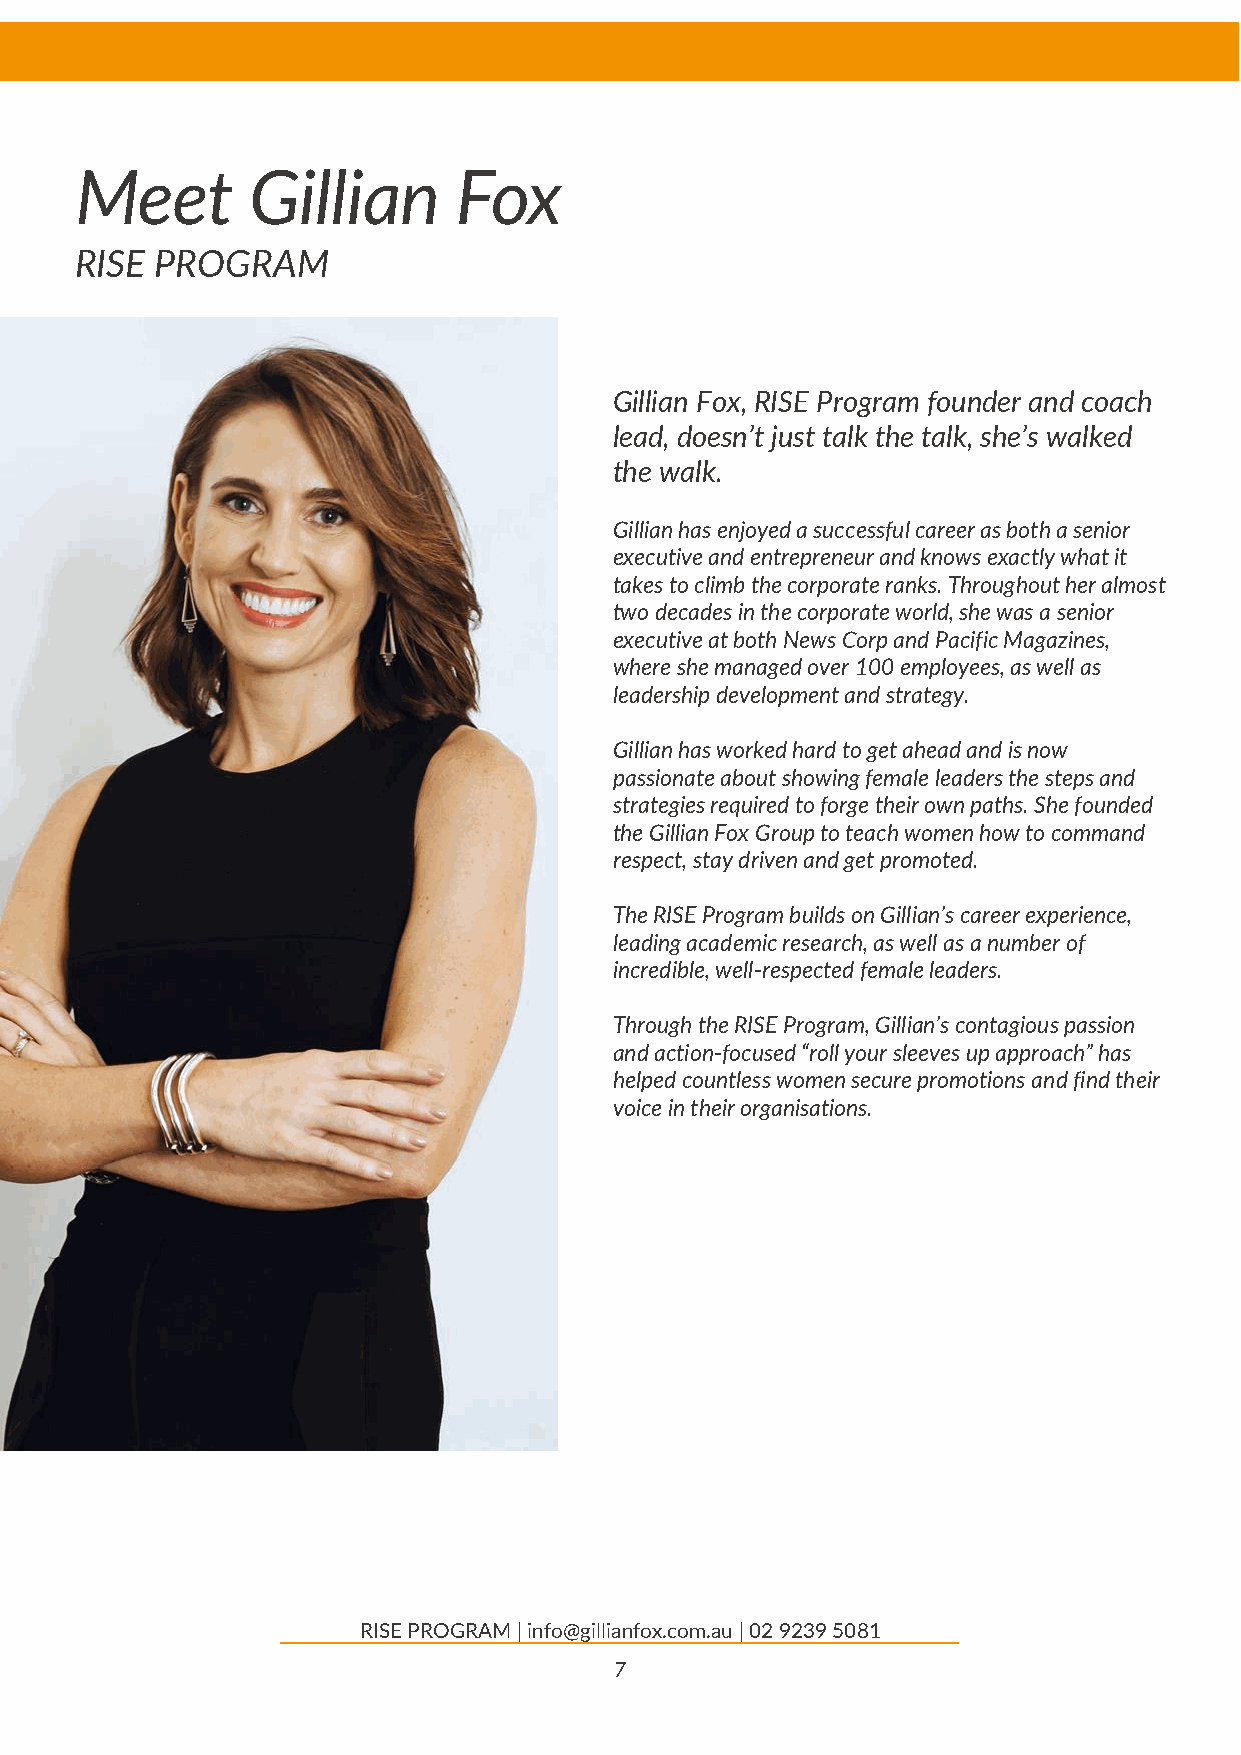
Meet       Gillian       Fox
 RISE PROGRAM
 Gillian Fox, RISE Program founder and coach
 lead, doesn’t just talk the talk, she’s walked
 the walk.
 Gillian has enjoyed a successful career as both a senior
 executive and entrepreneur and knows exactly what it
 takes to climb the corporate ranks. Throughout her almost
 two decades in the corporate world, she was a senior
 executive at both News Corp and Pacific Magazines,
 where she managed over 100 employees, as well as
 leadership development and strategy.
 Gillian has worked hard to get ahead and is now
 passionate about showing female leaders the steps and
 strategies required to forge their own paths. She founded
 the Gillian Fox Group to teach women how to command
 respect, stay driven and get promoted.
 The RISE Program builds on Gillian’s career experience,
 leading academic research, as well as a number of
 incredible, well-respected female leaders.
 Through the RISE Program, Gillian’s contagious passion
 and action-focused “roll your sleeves up approach” has
 helped countless women secure promotions and find their
 voice in their organisations.
 RISE PROGRAM | info@gillianfox.com.au | 02 9239 5081
 7